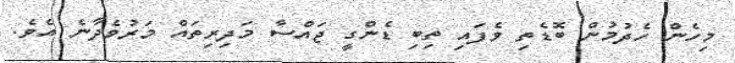
މިހެން ހެދުމުން ބޮޑެތި ވެފައި ތިބި ޑެންގީ ޖައްސާ މަދިރިތައް މަރުވެދާނެ އެވެ.